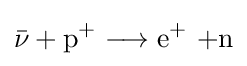
{{\bar {\nu }}{}+{}\mathrm {p} {\vphantom {A}}^{+}\longrightarrow \mathrm {e} {\vphantom {A}}^{+}~{\text{+n}}}